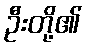
ဦးတို့၏